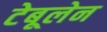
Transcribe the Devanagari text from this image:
टेबूलेन